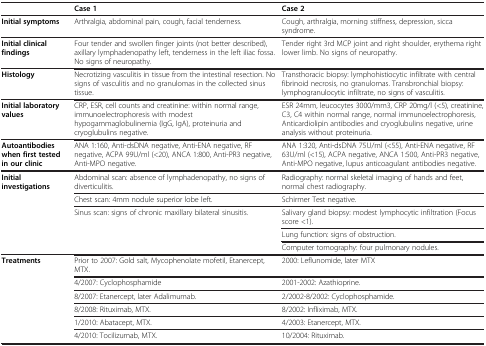
<table><thead><tr><td><b> </b></td><td><b>Case 1</b></td><td><b>Case 2</b></td></tr></thead><tbody><tr><td><b>Initial symptoms</b></td><td>Arthralgia, abdominal pain, cough, facial tenderness.</td><td>Cough, arthralgia, morning stiffness, depression, sicca syndrome.</td></tr><tr><td><b>Initial clinical findings</b></td><td>Four tender and swollen finger joints (not better described), axillary lymphadenopathy left, tenderness in the left iliac fossa. No signs of neuropathy.</td><td>Tender right 3rd MCP joint and right shoulder, erythema right lower limb. No signs of neuropathy.</td></tr><tr><td><b>Histology</b></td><td>Necrotizing vasculitis in tissue from the intestinal resection. No signs of vasculitis and no granulomas in the collected sinus tissue.</td><td>Transthoracic biopsy: lymphohistiocytic infiltrate with central fibrinoid necrosis, no granulomas. Transbronchial biopsy: lymphogranulocytic infiltrate, no signs of vasculitis.</td></tr><tr><td><b>Initial laboratory values</b></td><td>CRP, ESR, cell counts and creatinine: within normal range, immunoelectrophoresis with modest hypogammaglobulinemia (IgG, IgA), proteinuria and cryoglubulins negative.</td><td>ESR 24mm, leucocytes 3000/mm3, CRP 20mg/l (&lt;5), creatinine, C3, C4 within normal range, normal immunoelectrophoresis, Anticardiolipin antibodies and cryoglubulins negative, urine analysis without proteinuria.</td></tr><tr><td><b>Autoantibodies when first tested in our clinic</b></td><td>ANA 1:160, Anti-dsDNA negative, Anti-ENA negative, RF negative, ACPA 99U/ml (&lt;20), ANCA 1:800, Anti-PR3 negative, Anti-MPO negative.</td><td>ANA 1:320, Anti-dsDNA 75U/ml (&lt;55), Anti-ENA negative, RF 63U/ml (&lt;15), ACPA negative, ANCA 1:500, Anti-PR3 negative, Anti-MPO negative, lupus anticoagulant antibodies negative.</td></tr><tr><td rowspan="5"><b>Initial investigations</b></td><td>Abdominal scan: absence of lymphadenopathy, no signs of diverticulitis.</td><td>Radiography: normal skeletal imaging of hands and feet, normal chest radiography.</td></tr><tr><td>Chest scan: 4mm nodule superior lobe left.</td><td>Schirmer Test negative.</td></tr><tr><td rowspan="3">Sinus scan: signs of chronic maxillary bilateral sinusitis.</td><td>Salivary gland biopsy: modest lymphocytic infiltration (Focus score &lt;1).</td></tr><tr><td>Lung function: signs of obstruction.</td></tr><tr><td>Computer tomography: four pulmonary nodules.</td></tr><tr><td rowspan="6"><b>Treatments</b></td><td>Prior to 2007: Gold salt, Mycophenolate mofetil, Etanercept, MTX.</td><td>2000: Leflunomide, later MTX</td></tr><tr><td>4/2007: Cyclophosphamide</td><td>2001-2002: Azathioprine.</td></tr><tr><td>8/2007: Etanercept, later Adalimumab.</td><td>2/2002-8/2002: Cyclophosphamide.</td></tr><tr><td>8/2008: Rituximab, MTX.</td><td>8/2002: Infliximab, MTX.</td></tr><tr><td>1/2010: Abatacept, MTX.</td><td>4/2003: Etanercept, MTX.</td></tr><tr><td>4/2010: Tocilizumab, MTX.</td><td>10/2004: Rituximab.</td></tr></tbody></table>